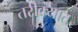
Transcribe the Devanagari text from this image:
तरीक्यात